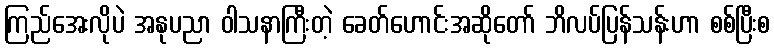
ကြည်အေးလိုပဲ အနုပညာ ဝါသနာကြီးတဲ့ ခေတ်ဟောင်းအဆိုတော် ဘိလပ်ပြန်သန်းဟာ စစ်ပြီးစ